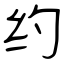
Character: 约